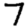
Digit: 7